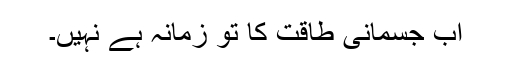
اب جسمانی طاقت کا تو زمانہ ہے نہیں۔